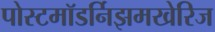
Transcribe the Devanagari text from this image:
पोस्टमॉडर्निझमखेरिज